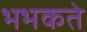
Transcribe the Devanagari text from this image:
भभकते